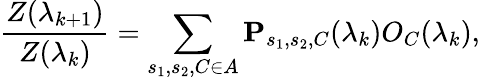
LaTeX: \frac{Z(\lambda_{k+1})}{Z(\lambda_{k})}=\sum_{s_{1},s_{2},C\in A}\mathbf{P}_{s_{1},s_{2},C}(\lambda_{k})O_{C}(\lambda_{k}),